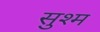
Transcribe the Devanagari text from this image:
सुश्म